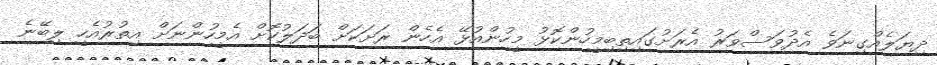
ދިޔަލެއްގިނަވެ އެދުވަސްވަރު އެރަށުގައިތިބިމީހުންކޮޅު މީހުންއުޅޭ އެހެން ރަށަކަށް ބަދަލުކޮށް އެމީހުންނަށް އިތުރުއެހީ ލިބޭނެ